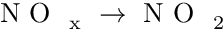
\mathrm { ~ N ~ O ~ } _ { \mathrm { ~ x ~ } } \rightarrow \mathrm { ~ N ~ O ~ } _ { \mathrm { ~ 2 ~ } }